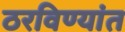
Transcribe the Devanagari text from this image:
ठरविण्यांत